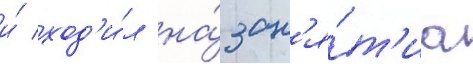
и́ ход'и́л на́ зан'я́т'иа